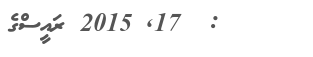
:  17